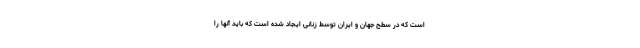
است که در سطح جهان و ایران توسط زنانی ایجاد شده است که باید آنها را